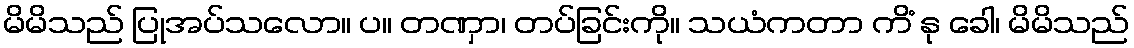
မိမိသည် ပြုအပ်သလော။ ပ။ တဏှာ၊ တပ်ခြင်းကို။ သယံကတာ ကိံ နု ခေါ၊ မိမိသည်